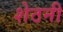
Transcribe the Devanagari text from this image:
शेठनी